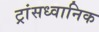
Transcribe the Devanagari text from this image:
ट्रांसध्वानिक